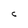
Character: C